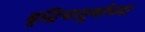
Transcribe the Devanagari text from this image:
बुद्धिचातुर्याच्या